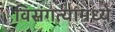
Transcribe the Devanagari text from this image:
विसंगत्यांमध्ये